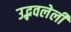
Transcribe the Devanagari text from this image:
उद्भवलेली